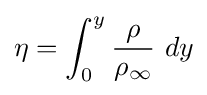
\eta =\int _{0}^{y}{\frac {\rho }{\rho _{\infty }}}\ dy